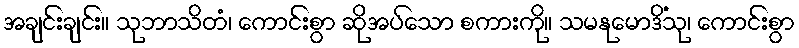
အချင်းချင်း။ သုဘာသိတံ၊ ကောင်းစွာ ဆိုအပ်သော စကားကို။ သမနုမောဒိံသု၊ ကောင်းစွာ